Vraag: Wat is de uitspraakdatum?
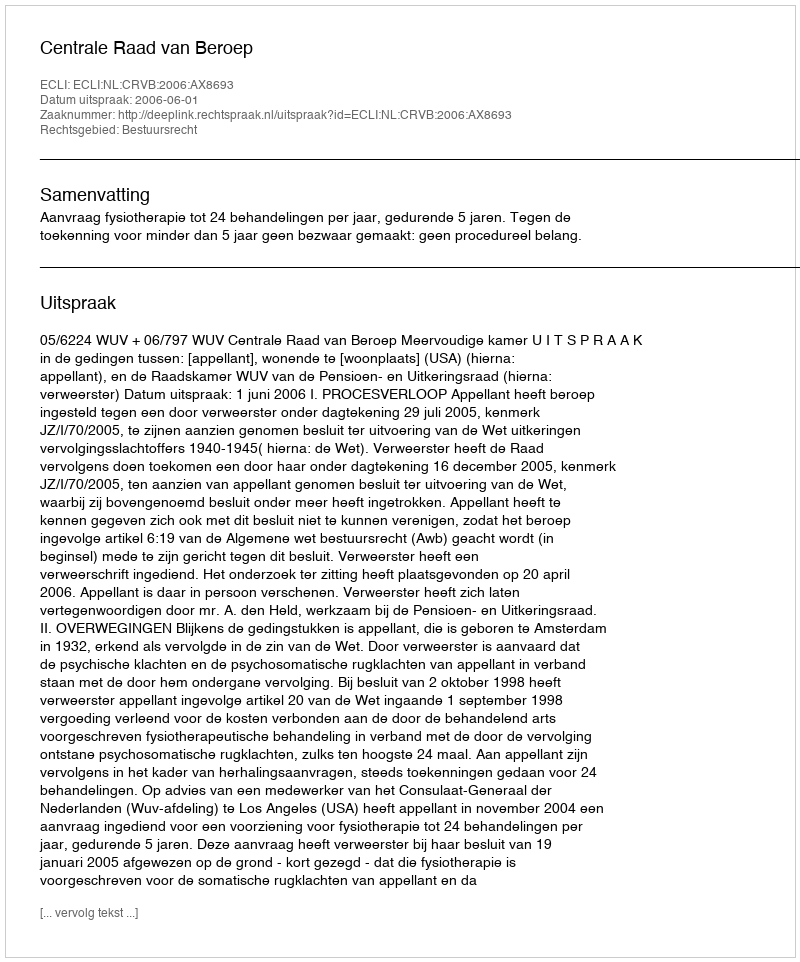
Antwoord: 2006-06-01